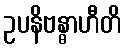
ဥပနိဗန္ဓာဟီတိ